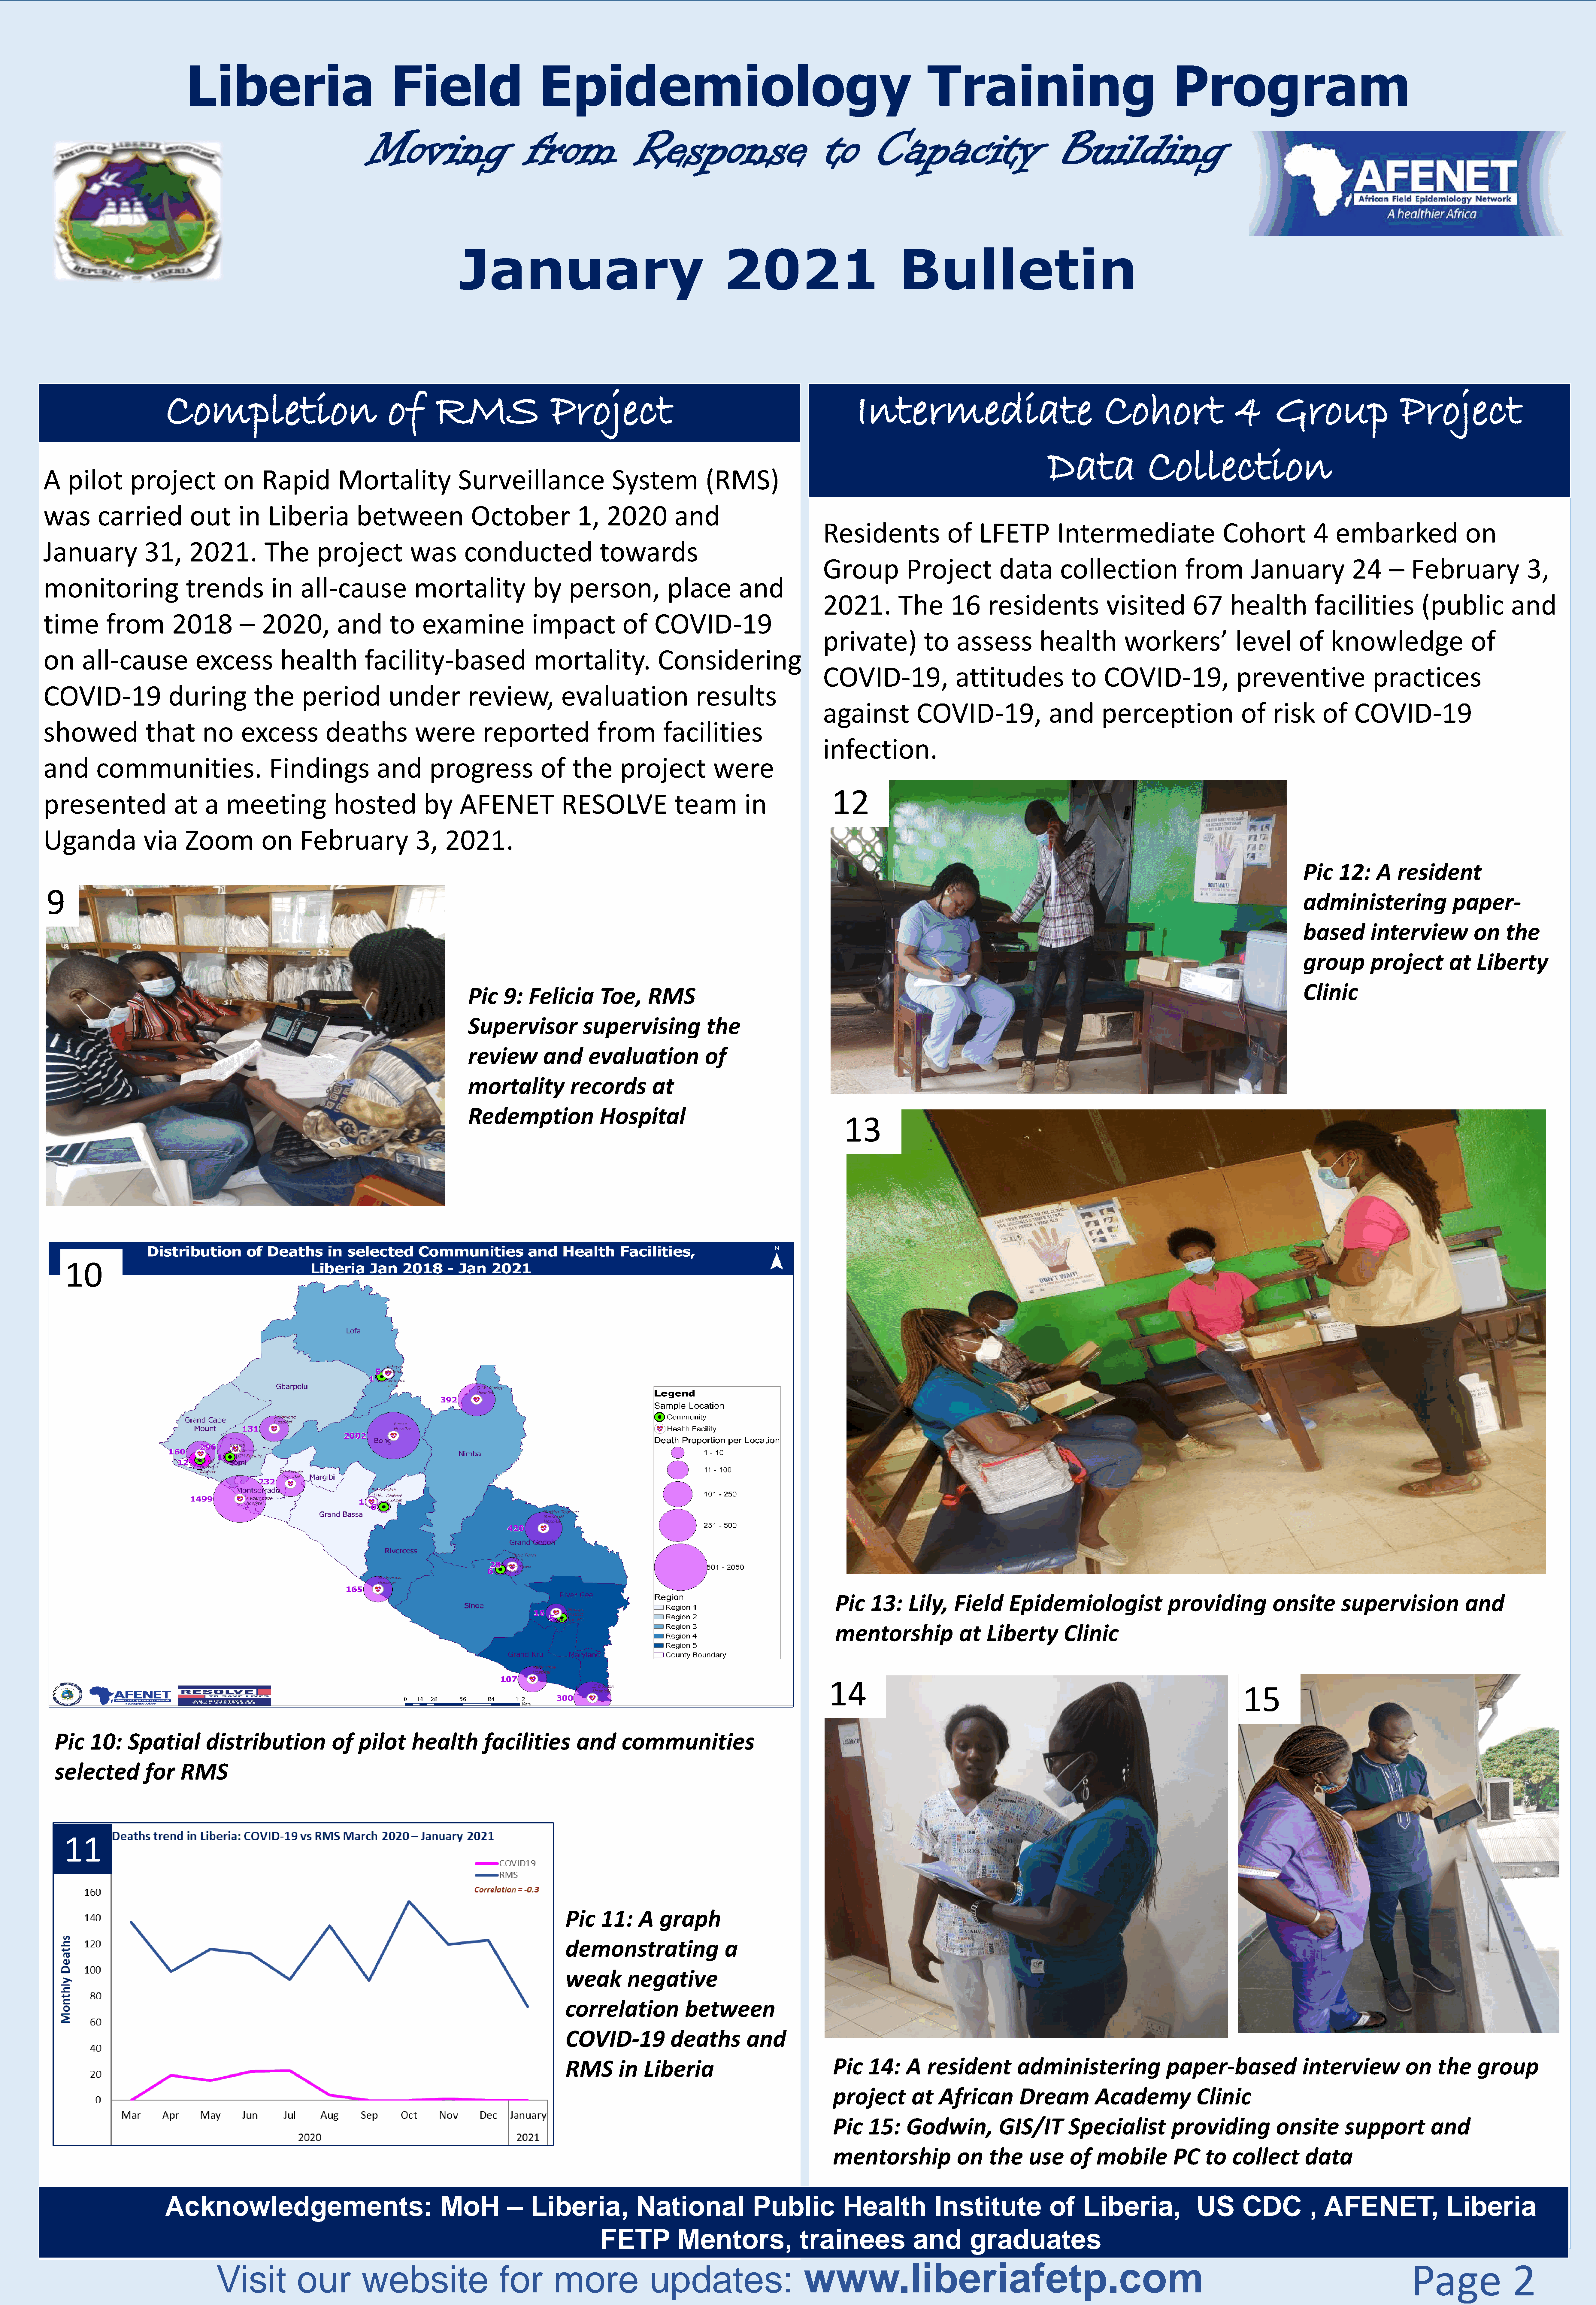
Liberia                                      Field                            Epidemiology                                                                          Training                                              Program
 Moving                             from                    Response                                  to         Capacity                                 Building
 January                                                   2021                                   Bulletin
 Completion                                      of         RMS                      Project                                                             Intermediate                                          Cohort                       4        Group                       Project
 Data                  Collection
 A    pilot         project             on       Rapid           Mortality                  Surveillance                      System               (RMS)
 was        carried              out        in    Liberia             between                  October                1,     2020           and
 Residents                   of     LFETP            Intermediate                        Cohort               4   embarked                     on
 January               31,       2021.           The         project             was         conducted                     towards
 Group              Project             data          collection                 from           January               24      –    February                  3,
 monitoring                     trends             in    all-cause                mortality                 by      person,               place           and
 2021.            The         16      residents                 visited            67      health             facilities             (public             and
 time         from           2018           –    2020,           and         to     examine                 impact              of     COVID-19
 private)               to     assess            health             workers’                level         of     knowledge                      of
 on      all-cause                excess             health            facility-based                        mortality.                 Considering
 COVID-19,                     attitudes                to     COVID-19,                    preventive                     practices
 COVID-19                   during             the       period              under            review,              evaluation                   results
 against              COVID-19,                    and         perception                     of     risk       of     COVID-19
 showed                that         no      excess             deaths             were           reported                  from          facilities
 infection.
 and        communities.                          Findings                and         progress                of     the        project             were
 12
 presented                   at     a    meeting                hosted              by      AFENET                 RESOLVE                  team           in
 Uganda                via      Zoom             on      February                  3,    2021.
 Pic     12:     A    resident
 9
 administering                    paper-
 based          interview              on     the
 group          project          at     Liberty
 Clinic
 Pic     9:    Felicia        Toe,       RMS
 Supervisor               supervising                 the
 review           and       evaluation               of
 mortality              records           at
 Redemption                   Hospital
 13
 10
 Pic     13:     Lily,     Field       Epidemiologist                     providing               onsite         supervision                and
 mentorship                 at     Liberty         Clinic
 14
 15
 Pic     10:     Spatial          distribution                of    pilot       health          facilities          and       communities
 selected            for     RMS
 11
 Pic    11:      A   graph
 demonstrating                      a
 weak         negative
 correlation               between
 COVID-19               deaths           and
 Pic    14:      A   resident            administering                    paper-based                   interview              on     the      group
 RMS        in    Liberia
 project          at    African           Dream           Academy                Clinic
 Pic    15:      Godwin,             GIS/IT          Specialist            providing              onsite         support            and
 mentorship                 on     the      use      of    mobile           PC     to    collect         data
 Acknowledgements:                                            MoH            –    Liberia,               National                  Public              Health              Institute                of      Liberia,                 US        CDC            ,  AFENET,                    Liberia
 FETP             Mentors,                   trainees                 and          graduates
 www.liberiafetp.com                                                                                                                   Page                  2
 Visit            our            website                       for         more                 updates: